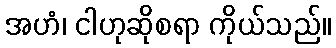
အဟံ၊ ငါဟုဆိုစရာ ကိုယ်သည်။